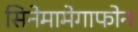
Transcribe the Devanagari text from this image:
सिनेमामेगाफोन